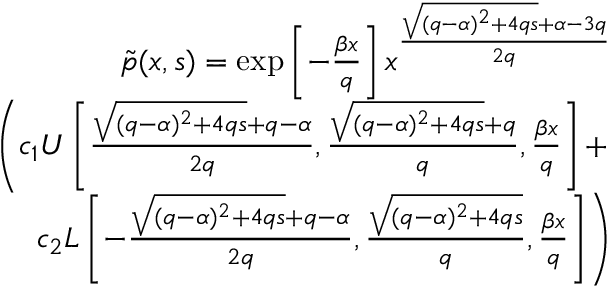
\begin{array} { r l r } & { } & { \tilde { p } ( x , s ) = \exp \left[ - \frac { \beta x } { q } \right] x ^ { \frac { \sqrt { ( q - \alpha ) ^ { 2 } + 4 q s } + \alpha - 3 q } { 2 q } } } \\ & { } & { \left( c _ { 1 } U \left[ \frac { \sqrt { ( q - \alpha ) ^ { 2 } + 4 q s } + q - \alpha } { 2 q } , \frac { \sqrt { ( q - \alpha ) ^ { 2 } + 4 q s } + q } { q } , \frac { \beta x } { q } \right] + \right. } \\ & { } & { \left. c _ { 2 } L \left[ - \frac { \sqrt { ( q - \alpha ) ^ { 2 } + 4 q s } + q - \alpha } { 2 q } , \frac { \sqrt { ( q - \alpha ) ^ { 2 } + 4 q s } } { q } , \frac { \beta x } { q } \right] \right) } \end{array}